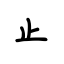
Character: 止